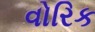
વોરિક